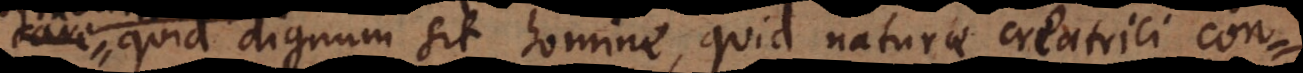
esse quid dignum sit homine, quid naturae creatrici con